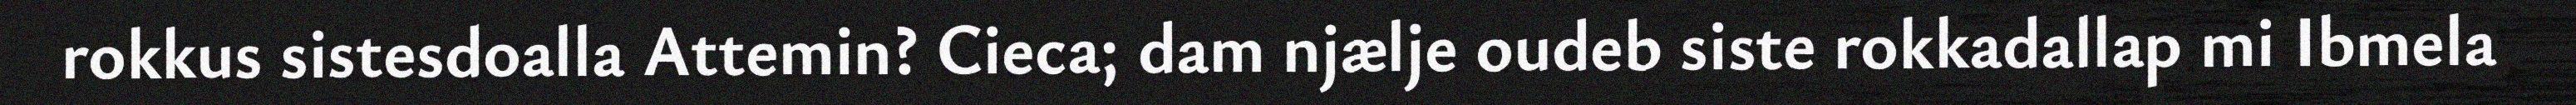
rokkus sistesdoalla Attemin? Cieca; dam njælje oudeb siste rokkadallap mi Ibmela